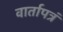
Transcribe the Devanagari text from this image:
वार्तापत्रं